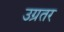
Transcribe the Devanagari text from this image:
उग्रतर